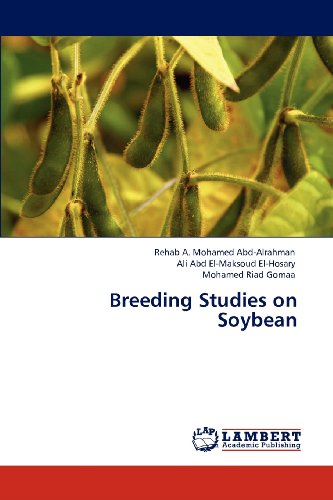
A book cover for Breeding Studies on Soybean; Rehab A. Mohamed Abd-Alrahman; Teen & Young Adult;